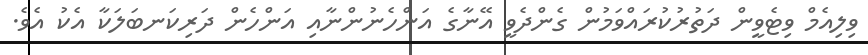
ވިލިއެމް ވިޓެވީން ދަތުރުކުރައްވަމުން ގެންދެވީ އޭނާގެ އަންހެނުންނާއި އަންހެން ދަރިކަނބަލަކާ އެކު އެވެ.